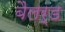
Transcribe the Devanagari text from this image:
बैलर्ड